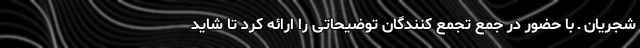
شجریان ـ با حضور در جمع تجمع کنندگان توضیحاتی را ارائه کرد تا شاید